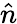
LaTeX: \hat{n}